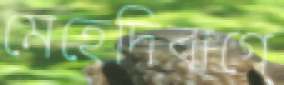
মেহেদিবাগে